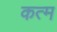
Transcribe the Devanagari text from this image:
कत्म